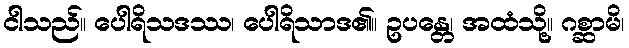
ငါသည်။ ပေါရိသဒဿ၊ ပေါရိသာဒ၏။ ဥပန္တေ၊ အထံသို့။ ဂစ္ဆာမိ၊